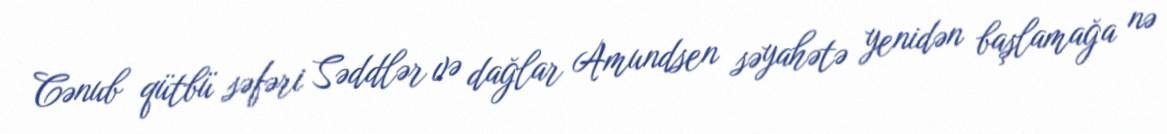
Cənub qütbü səfəri Səddlər və dağlar Amundsen səyahətə yenidən başlamağa nə